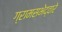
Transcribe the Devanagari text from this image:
ग्रामसभेद्वारे